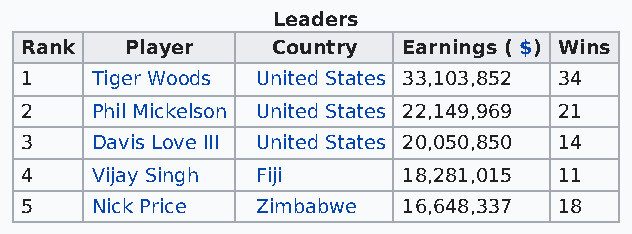
Leaders
 Rank   Player    Country  Earnings ( $) Wins
 1    Tiger Woods United States 33,103,852 34
 2    Phil Mickelson United States 22,149,969 21
 3    Davis Love III United States 20,050,850 14
 4    Vijay Singh Fiji     18,281,015 11
 5    Nick Price Zimbabwe  16,648,337 18